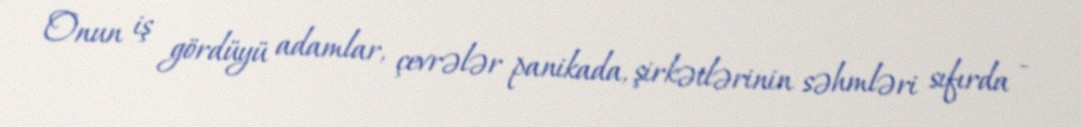
Onun iş gördüyü adamlar, çevrələr panikada, şirkətlərinin səhmləri sıfırda -